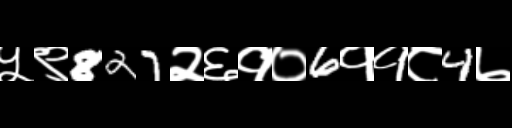
Text: ५९827२६१०6११८4७